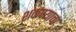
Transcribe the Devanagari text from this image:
शकण्याचा